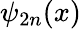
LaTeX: \psi_{2n}(x)